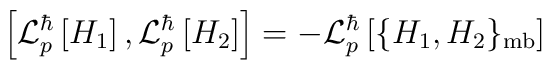
\left[ {\cal L}_p^\hbar \left[ H_1 \right],{\cal L}_p^\hbar \left[ H_2 \right] \right] =- {\cal L}_p^\hbar \left[ \{H_1, H_2\}_{\rm mb} \right]